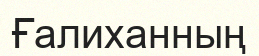
Ғалиханның